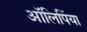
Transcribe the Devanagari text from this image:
आॅलिपिंया